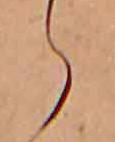
ら